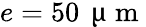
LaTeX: e=50\, \mathrm{~\textmu~m~}